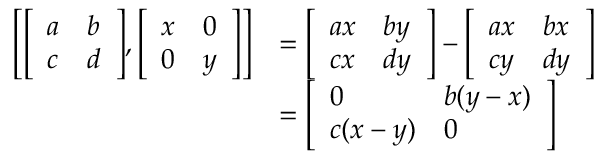
{ \begin{array} { r l } { \left[ { \left[ \begin{array} { l l } { a } & { b } \\ { c } & { d } \end{array} \right] } , { \left[ \begin{array} { l l } { x } & { 0 } \\ { 0 } & { y } \end{array} \right] } \right] } & { = { \left[ \begin{array} { l l } { a x } & { b y } \\ { c x } & { d y } \end{array} \right] } - { \left[ \begin{array} { l l } { a x } & { b x } \\ { c y } & { d y } \end{array} \right] } } \\ & { = { \left[ \begin{array} { l l } { 0 } & { b ( y - x ) } \\ { c ( x - y ) } & { 0 } \end{array} \right] } } \end{array} }